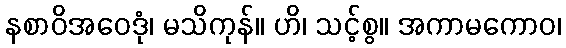
နစာဝိအဝေဒုံ၊ မသိကုန်။ ဟိ၊ သင့်စွ။ အကာမကောဝ၊